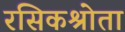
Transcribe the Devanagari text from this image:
रसिकश्रोता